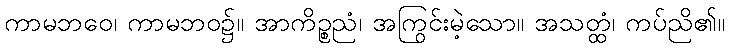
ကာမဘဝေ၊ ကာမဘဝ၌။ အာကိဉ္စညံ၊ အကြွင်းမဲ့သော။ အသတ္ထံ၊ ကပ်ညိ၏။